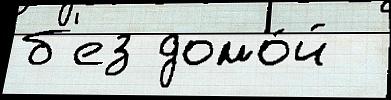
б'ез домо́й